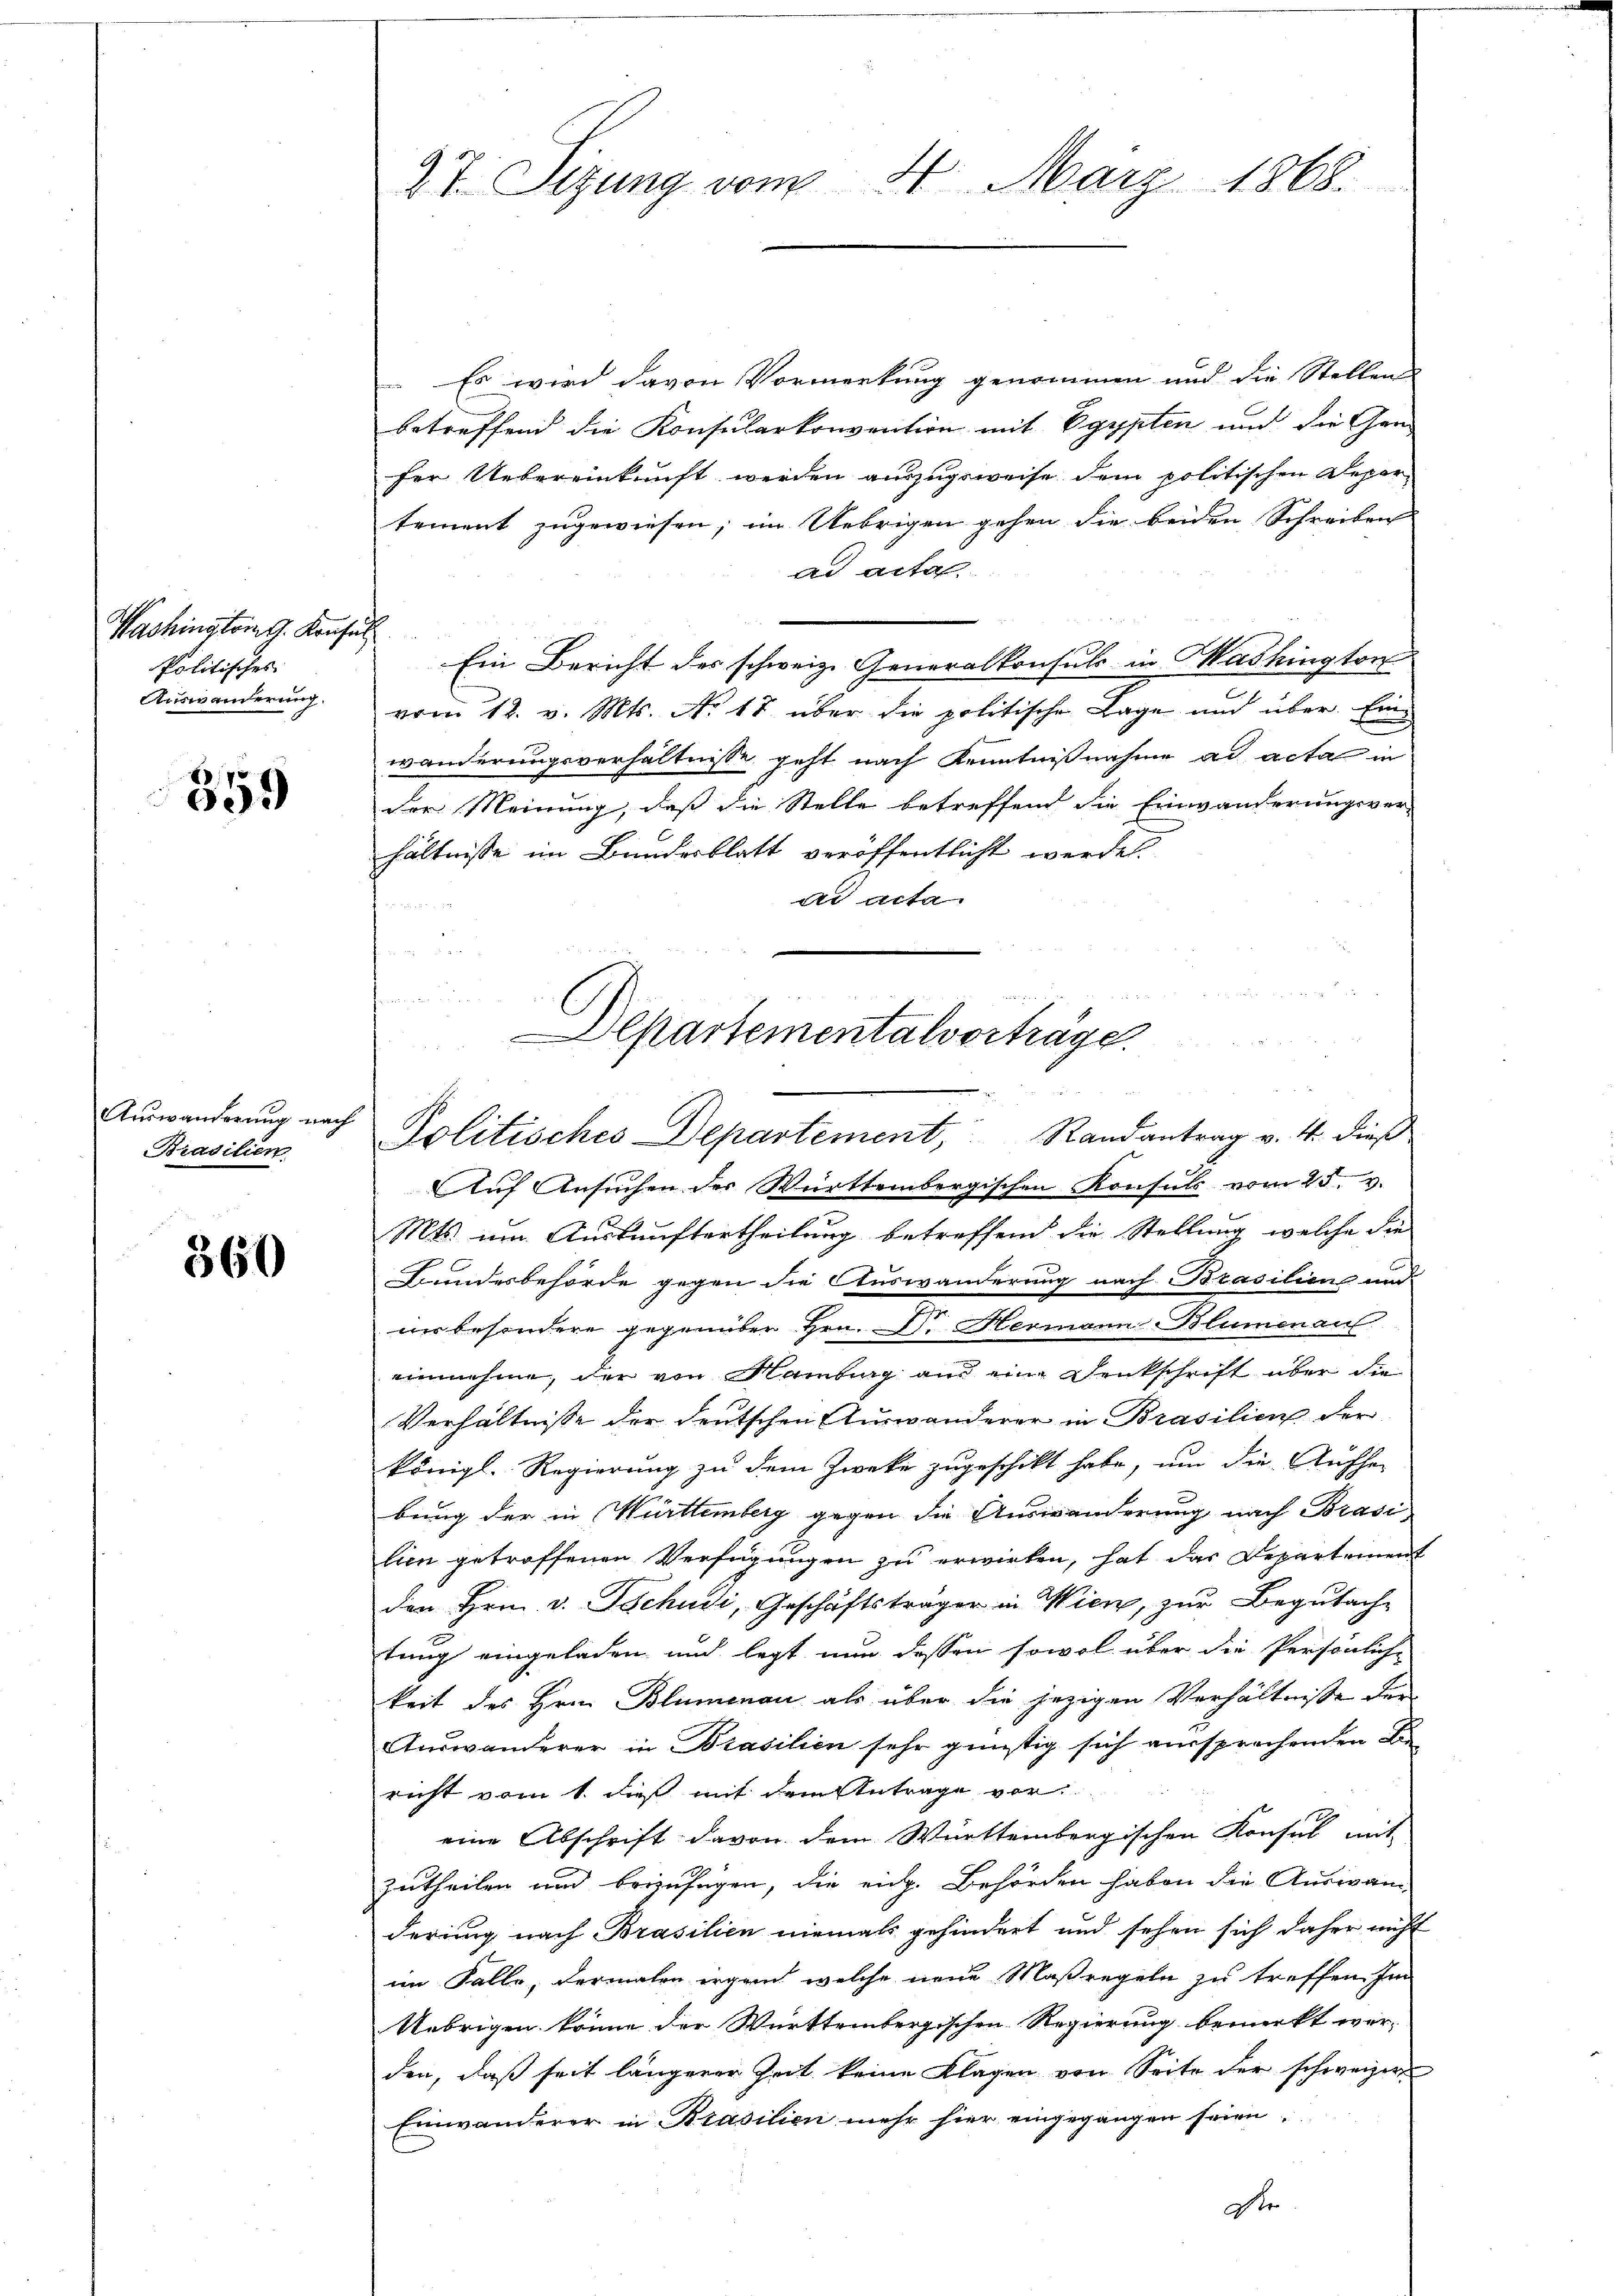
Washington G. Konsul
Politisches
Auswanderung.

359

Brasilien

360

4. März 1868.
27. Sizung vom

Es wird davon Vormerkung genommen und die Stellen
betreffend die Konsularkonvention mit Egypten und die Gen
her Uebereinkunft werden auszugeweise dem politischen Departement zugewiesen; im Uebrigen gehen die beiden Schreiben
ad acta
Ein Bericht des schweiz. Generalkonsuls in Washington
vom 12. v. Mts. No. 18 über die politische Lage und über. Einwanderungsverhältnisse geht nach Kenntnißnahme ad acta in
der Meinung, daß die Stelle betreffend die Einwanderungsver-
hältnisse im Bundesblatt veröffentlicht werden.
ds acta
Auf Ansuchen des Württembergischen Konsuls vom 25. v.
Mts. um Auskunftertheilung betreffend die Stellung, welche die
Bundesbehörde gegen die Auswanderung nach Brasilien und
ner besondere gegenüber Hrn. Dr. Hermann Blumenauf
einnehme, der von Hamburg aus eine Denkschrift über die
Verhältnisse der deutschen Auswanderer in Brasilien der
königl. Regierung zu dem Zwecke zugeschickt habe, um die Aufhebung der in Württemberg gegen die Auswanderung nach Brasi
lien getroffenen Verfügungen zu erwirken, hat das Departement
den Hrn. v. Tschudi, Geschäftsträger in Wien, zur Begutachtung eingeladen und legt nun dessen sowol über die Persönliche
keit des Hrn. Blumenau als über die jezigen Verhältnisse der
Auswanderer in Brasilien sehr günstig sich aussprechenden Di
richt vom 1. dieß mit dem Antrage vor
eine Abschrift davon dem Württembergischen Konsul mit
Zutheilen und beizufügen, die eich. Behörden haben die Auswan-
derung nach Brasilien niemals gehindert und sehen sich daher nicht
im Falle, dermalen irgen, welche neue Maßregeln zu treffen. Im
Uebrigen könne der Württembergischen Regierung bemerkt wer-
den, daß seit längerer Zeit keine Klagen von Seite der schweizer
Einwanderer in Brasilien mehr hier eingegangen seien.
dr

Departementalverträge.
Auswanderung noch Politisches Departement, Randantrag v. 4. dieß